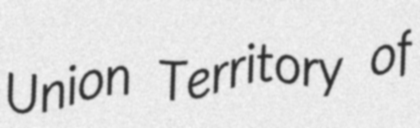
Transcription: Union Territory of